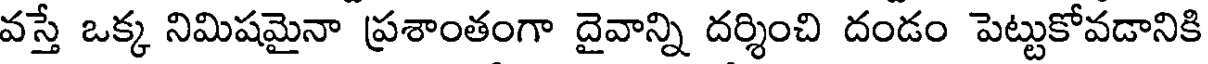
వస్తే ఒక్క నిమిషమైనా ప్రశాంతంగా దైవాన్ని దర్శించి దండం పెట్టుకోవడానికి